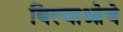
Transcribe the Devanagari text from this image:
बिल्बाओचे